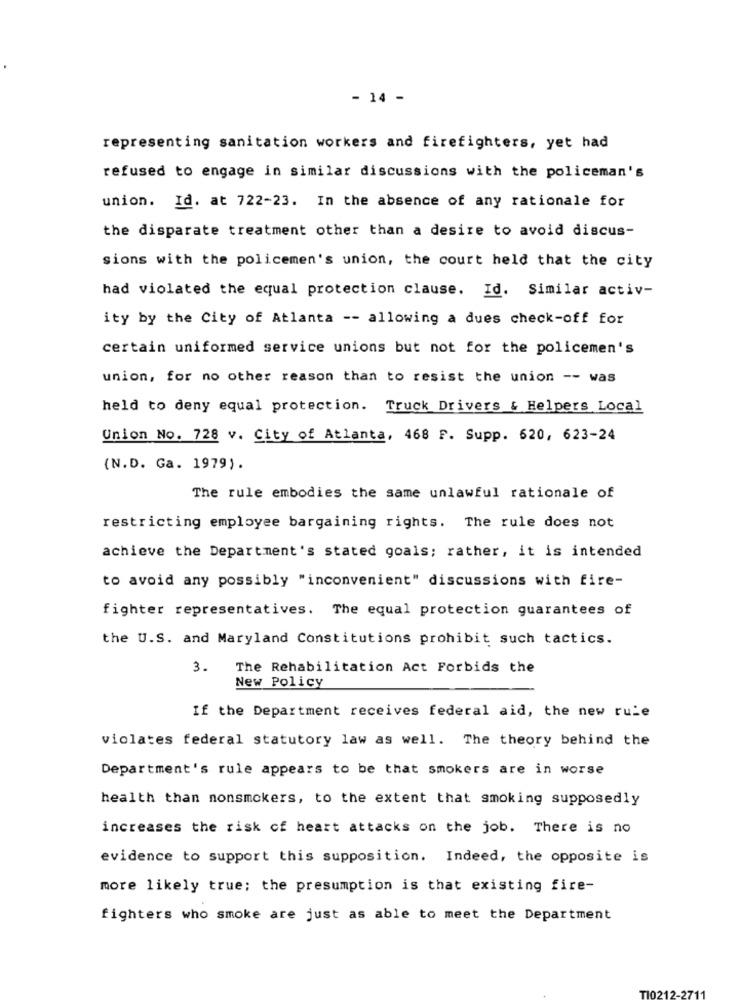
- 14 -
representing sanitation workers and firefighters, yet had
refused to engage in similar discussions with the policeman's
union. Id. at 722-23. In the absence of any rationale for
the disparate treatment other than a desire to avoid discus-
sions with the policemen's union, the court held that the city
had violated the equal protection clause. Id. Similar activ-
ity by the City of Atlanta -- allowing a dues check-off for
certain uniformed service unions but not for the policemen's
union, for no other reason than to resist the union -- was
held to deny equal protection. Truck Drivers & Helpers Local
Union No. 728 v. City of Atlanta, 468 F. Supp. 620, 623-24
(N.D. Ga. 1979).
The rule embodies the same unlawful rationale of
restricting employee bargaining rights. The rule does not
achieve the Department's stated goals; rather, it is intended
to avoid any possibly "inconvenient" discussions with fire-
fighter representatives. The equal protection guarantees of
the U.S. and Maryland Constitutions prohibit such tactics.
3.
The Rehabilitation Act Forbids the
New Policy
If the Department receives federal aid, the new rule
violates federal statutory law as well. The theory behind the
Department's rule appears to be that smokers are in worse
health than nonsmokers, to the extent that smoking supposedly
increases the risk of heart attacks on the job. There is no
evidence to support this supposition. Indeed, the opposite is
more likely true; the presumption is that existing fire-
fighters who smoke are just as able to meet the Department